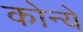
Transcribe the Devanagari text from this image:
कोन्ये